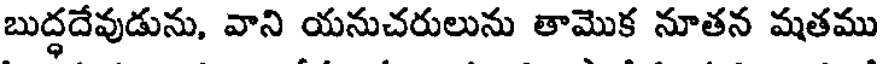
బుద్ధదేవుడును, వాని యనుచరులును తామొక నూతన మతము